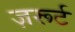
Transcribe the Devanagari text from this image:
ज़रूर्ट